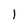
Character: l